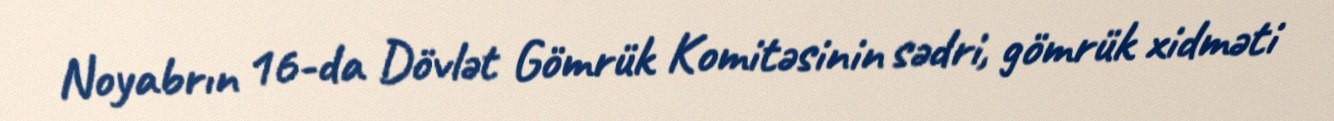
Noyabrın 16-da Dövlət Gömrük Komitəsinin sədri, gömrük xidməti